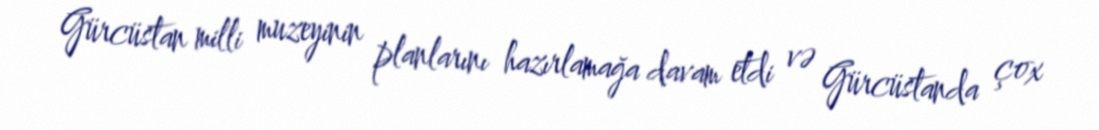
Gürcüstan milli muzeyinin planlarını hazırlamağa davam etdi və Gürcüstanda çox